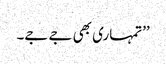
’’تمہاری بھی جے جے۔